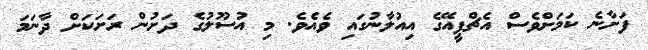
ފަށާނެ ކަމަށްވެސް އެޗްޕީއޭގެ އިއުލާނުގައި ވެއެވެ. މި އުސޫލުގެ ދަށުން ރަށަކަށް ދާނަމަަ